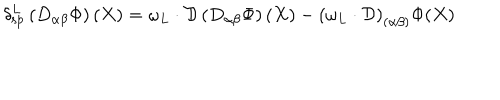
\delta _ { \mathrm { s p } } ^ { L } \left( D _ { \alpha \beta } \Phi \right) ( X ) = \omega _ { L } \cdot \mathcal { D } \left( D _ { \alpha \beta } \Phi \right) ( X ) - \left( { \omega _ { L } } \cdot \mathcal { D } \right) _ { ( \alpha \beta ) } \Phi ( X )